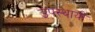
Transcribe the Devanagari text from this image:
उपस्‍थायी